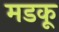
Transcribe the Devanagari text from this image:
मडकू